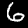
Digit: 6